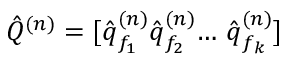
\hat { Q } ^ { ( n ) } = [ \hat { \boldsymbol q } _ { f _ { 1 } } ^ { ( n ) } \hat { \boldsymbol q } _ { f _ { 2 } } ^ { ( n ) } { \dots } ~ \hat { \boldsymbol q } _ { f _ { k } } ^ { ( n ) } ]